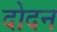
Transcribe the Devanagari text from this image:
दोदन